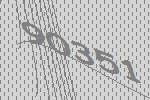
90351